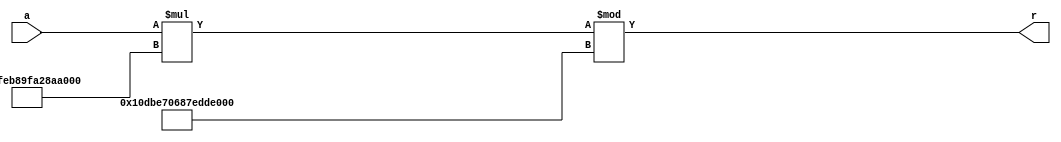
module mult_const_32_bit_mod(
     a,
     r
    );

input [7:1] a;
output [65:1] r;

assign r = (a * 64'd15924368328194956800)% 65'd19437096635885020800;

endmodule